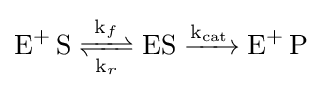
{\ce {{E}+ S <=>[k_f][k_r] ES ->[k_{cat}] {E}+ P}}